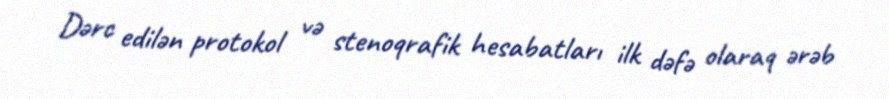
Dərc edilən protokol və stenoqrafik hesabatları ilk dəfə olaraq ərəb